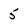
Character: 5